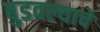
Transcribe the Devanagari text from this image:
बुडवल्याचे